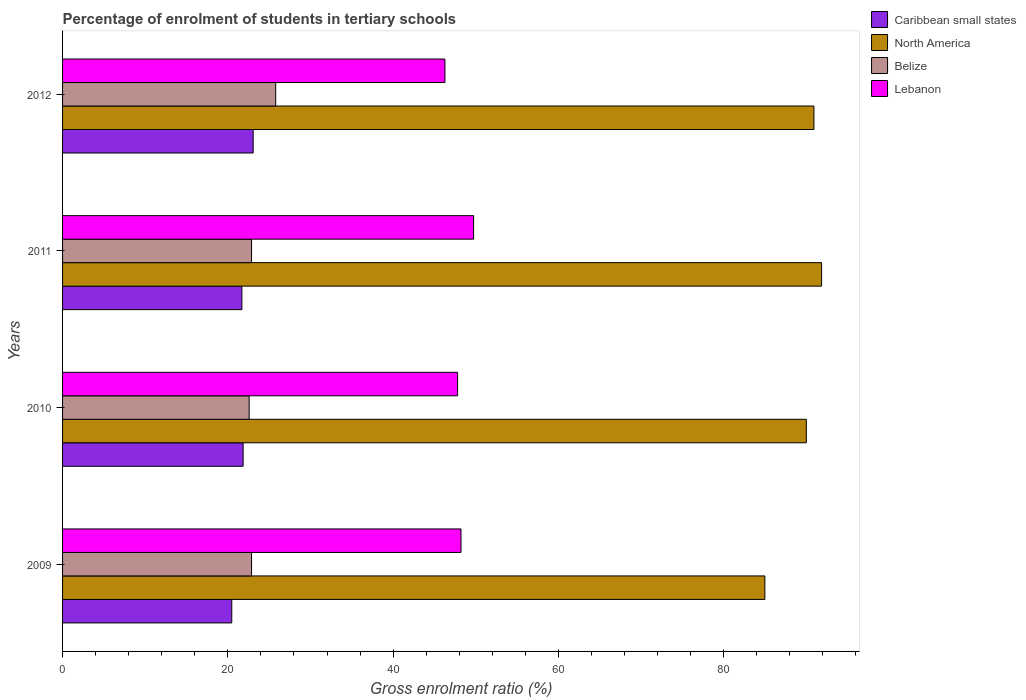
| Years | Caribbean small states | North America | Belize | Lebanon |
 | --- | --- | --- | --- | --- |
 | 2009 | 20.5 | 85 | 22.9 | 48.2 |
 | 2010 | 21.8 | 90 | 22.6 | 47.8 |
 | 2011 | 21.7 | 91.8 | 22.9 | 49.7 |
 | 2012 | 23.1 | 90.9 | 25.8 | 46.3 |